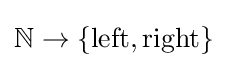
{\mathbb {N} }\to \{\mathrm {left} ,\mathrm {right} \}